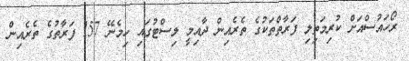
ރޯހައުސްއަށް ކުރިމަތިލި ފަރާތްތަކުގެ ތެރެއިން ދާއިމީ ލިސްޓުގައި ހިމެނޭ 157 ފަރާތުގެ ތެރެއިން